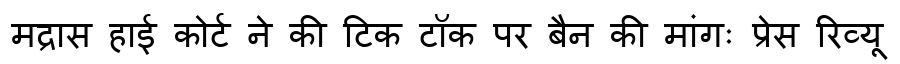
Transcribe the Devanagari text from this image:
मद्रास हाई कोर्ट ने की टिक टॉक पर बैन की मांगः प्रेस रिव्यू